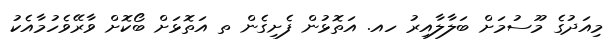
މިއަދުގެ މޫސުމަށް ބަލާލާއިރު ހއ. އަތޮޅުން ފެށިގެން ތ އަތޮޅަށް ބޯކޮށް ވާރޭވެހުމާއެކު